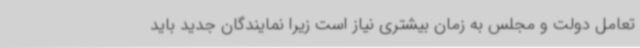
تعامل دولت و مجلس به زمان بیشتری نیاز است زیرا نمایندگان جدید باید